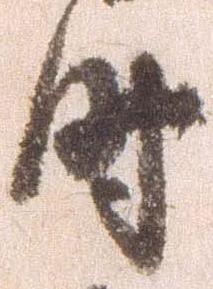
時